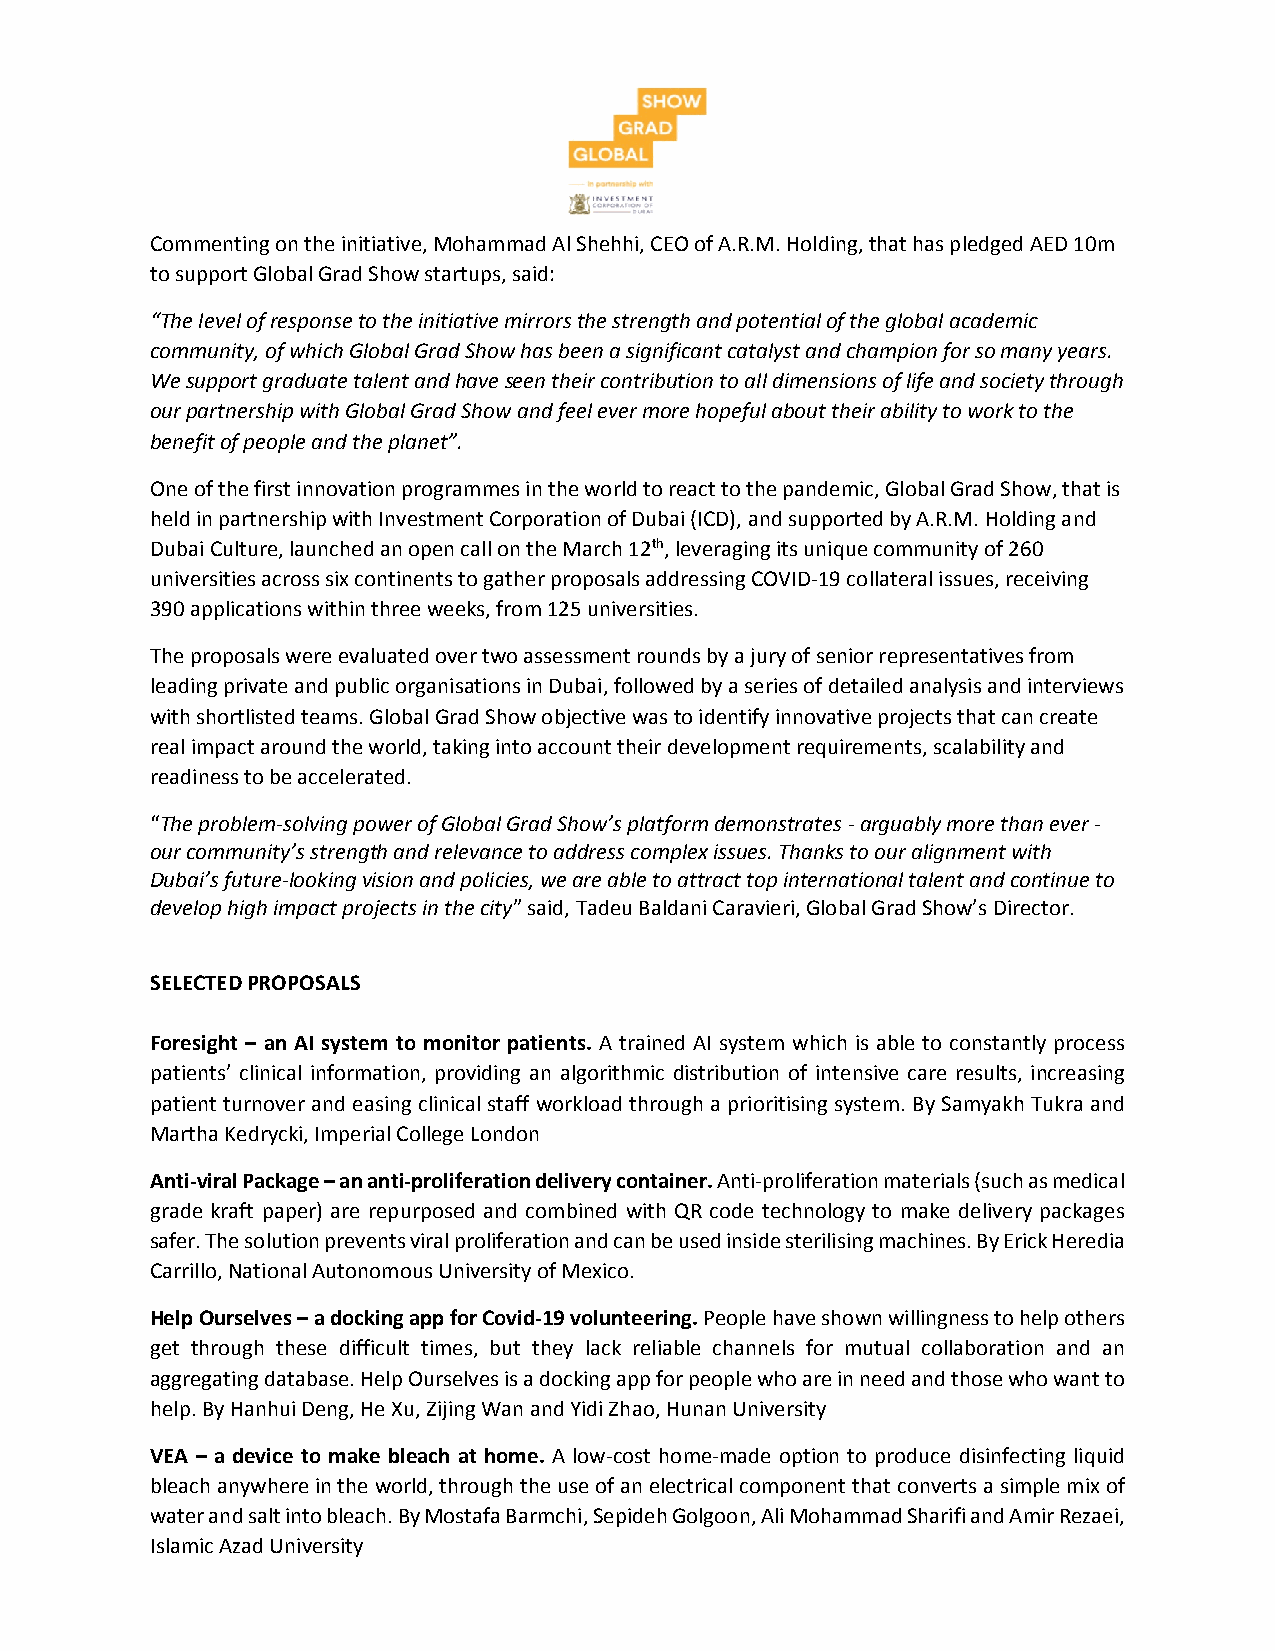
Commenting on the initiative, Mohammad Al Shehhi, CEO of A.R.M. Holding, that has pledged AED 10m
 to support Global Grad Show startups, said:
 “The level of response to the initiative mirrors the strength and potential of the global academic
 community, of which Global Grad Show has been a significant catalyst and champion for so many years.
 We support graduate talent and have seen their contribution to all dimensions of life and society through
 our partnership with Global Grad Show and feel ever more hopeful about their ability to work to the
 benefit of people and the planet”.
 One of the first innovation programmes in the world to react to the pandemic, Global Grad Show, that is
 held in partnership with Investment Corporation of Dubai (ICD), and supported by A.R.M. Holding and
 Dubai Culture, launched an open call on the March 12th, leveraging its unique community of 260
 universities across six continents to gather proposals addressing COVID-19 collateral issues, receiving
 390 applications within three weeks, from 125 universities.
 The proposals were evaluated over two assessment rounds by a jury of senior representatives from
 leading private and public organisations in Dubai, followed by a series of detailed analysis and interviews
 with shortlisted teams. Global Grad Show objective was to identify innovative projects that can create
 real impact around the world, taking into account their development requirements, scalability and
 readiness to be accelerated.
 “The problem-solving power of Global Grad Show’s platform demonstrates - arguably more than ever -
 our community’s strength and relevance to address complex issues. Thanks to our alignment with
 Dubai’s future-looking vision and policies, we are able to attract top international talent and continue to
 develop high impact projects in the city” said, Tadeu Baldani Caravieri, Global Grad Show’s Director.
 SELECTED PROPOSALS
 Foresight – an AI system to monitor patients. A trained AI system which is able to constantly process
 patients’ clinical information, providing an algorithmic distribution of intensive care results, increasing
 patient turnover and easing clinical staff workload through a prioritising system. By Samyakh Tukra and
 Martha Kedrycki, Imperial College London
 Anti-viral Package – an anti-proliferation delivery container. Anti-proliferation materials (such as medical
 grade kraft paper) are repurposed and combined with QR code technology to make delivery packages
 safer. The solution prevents viral proliferation and can be used inside sterilising machines. By Erick Heredia
 Carrillo, National Autonomous University of Mexico.
 Help Ourselves – a docking app for Covid-19 volunteering. People have shown willingness to help others
 get through these difficult times, but they lack reliable channels for mutual collaboration and an
 aggregating database. Help Ourselves is a docking app for people who are in need and those who want to
 help. By Hanhui Deng, He Xu, Zijing Wan and Yidi Zhao, Hunan University
 VEA – a device to make bleach at home. A low-cost home-made option to produce disinfecting liquid
 bleach anywhere in the world, through the use of an electrical component that converts a simple mix of
 water and salt into bleach. By Mostafa Barmchi, Sepideh Golgoon, Ali Mohammad Sharifi and Amir Rezaei,
 Islamic Azad University